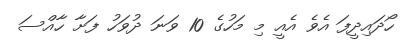
ހޯދައިދީފަ އެވެ އެއީ މި މަހުގެ 10 ވަނަ ދުވަހު ފަށާ ހާއްސަ